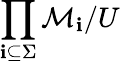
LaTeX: \prod_{\mathbf{i}\subseteq\Sigma}{\mathcal{{M}}}_{\mathbf{i}}/U